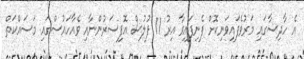
އެ ހާދިސާގައި މަރުވެފައިވަނިކޮށް ފެނިފައިވާ އިރު 11 ފުލުސް އޮފިސަރުންނާއި ވެއާހައުސްގައި މަސައްކަތް